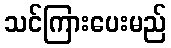
သင်ကြားပေးမည်